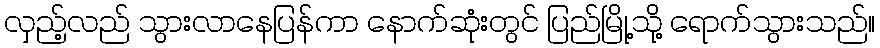
လှည့်လည် သွားလာနေပြန်ကာ နောက်ဆုံးတွင် ပြည်မြို့သို့ ရောက်သွားသည်။